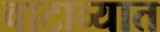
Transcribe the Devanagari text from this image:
वाटाव्यात